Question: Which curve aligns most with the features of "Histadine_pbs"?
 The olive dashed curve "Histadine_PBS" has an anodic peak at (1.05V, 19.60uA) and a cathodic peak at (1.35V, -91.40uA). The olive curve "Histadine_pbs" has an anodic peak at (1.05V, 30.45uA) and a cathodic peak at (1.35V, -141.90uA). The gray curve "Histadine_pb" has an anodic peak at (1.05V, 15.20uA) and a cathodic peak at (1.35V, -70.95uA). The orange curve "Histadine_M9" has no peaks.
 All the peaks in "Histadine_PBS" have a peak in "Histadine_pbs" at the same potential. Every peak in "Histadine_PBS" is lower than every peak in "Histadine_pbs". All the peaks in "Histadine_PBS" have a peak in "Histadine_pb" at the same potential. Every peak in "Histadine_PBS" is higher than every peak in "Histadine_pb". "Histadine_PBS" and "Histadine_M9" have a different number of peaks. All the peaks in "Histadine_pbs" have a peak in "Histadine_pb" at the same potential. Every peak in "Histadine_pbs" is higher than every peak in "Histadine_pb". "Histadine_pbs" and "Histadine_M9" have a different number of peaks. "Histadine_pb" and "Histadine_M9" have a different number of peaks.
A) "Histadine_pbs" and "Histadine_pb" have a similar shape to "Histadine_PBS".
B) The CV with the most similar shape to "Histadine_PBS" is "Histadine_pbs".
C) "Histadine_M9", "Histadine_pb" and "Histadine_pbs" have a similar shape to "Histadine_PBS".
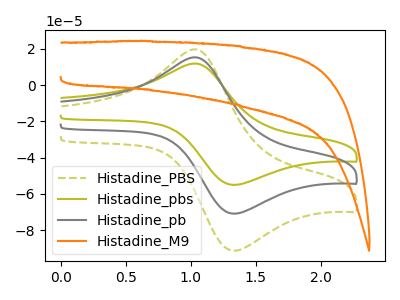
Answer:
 <answer>A) "Histadine_pbs" and "Histadine_pb" have a similar shape to "Histadine_PBS".</answer>
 <eval>A</eval>